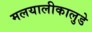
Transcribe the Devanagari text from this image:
मलयालीकालुडे